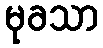
မုခသာ